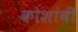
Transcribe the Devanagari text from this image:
कोशांबी